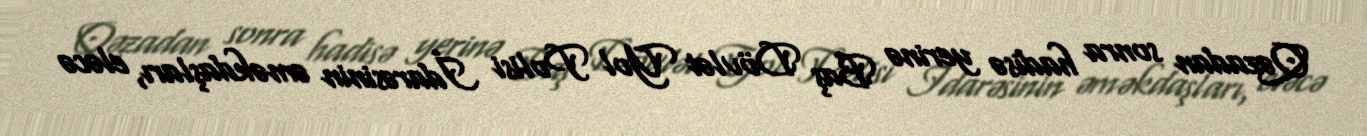
Qəzadan sonra hadisə yerinə Baş Dövlət Yol Polisi İdarəsinin əməkdaşları, eləcə